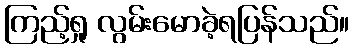
ကြည့်ရှု လွမ်းမောခဲ့ရပြန်သည်။